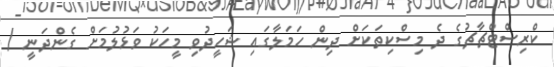
ކްރިސްޓްޗާޗުގެ ދެ މިސްކިތަކަށް ދިން ހަމަލާގައި ޝަހީދުވި މީހަކު ވަޅުލުމަށް ގެންދަނީ /